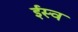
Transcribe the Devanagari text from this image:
ईस्व